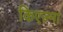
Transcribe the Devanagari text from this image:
किएज्मा